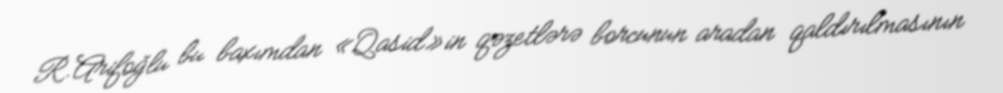
R.Arifoğlu bu baxımdan «Qasid»in qəzetlərə borcunun aradan qaldırılmasının